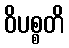
ဝိပစ္စတိ